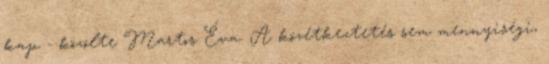
kap - közölte Martos Éva. A közétkeztetés sem mennyiségi,